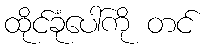
ထိုင်ခုံပေါ်ကို တင်